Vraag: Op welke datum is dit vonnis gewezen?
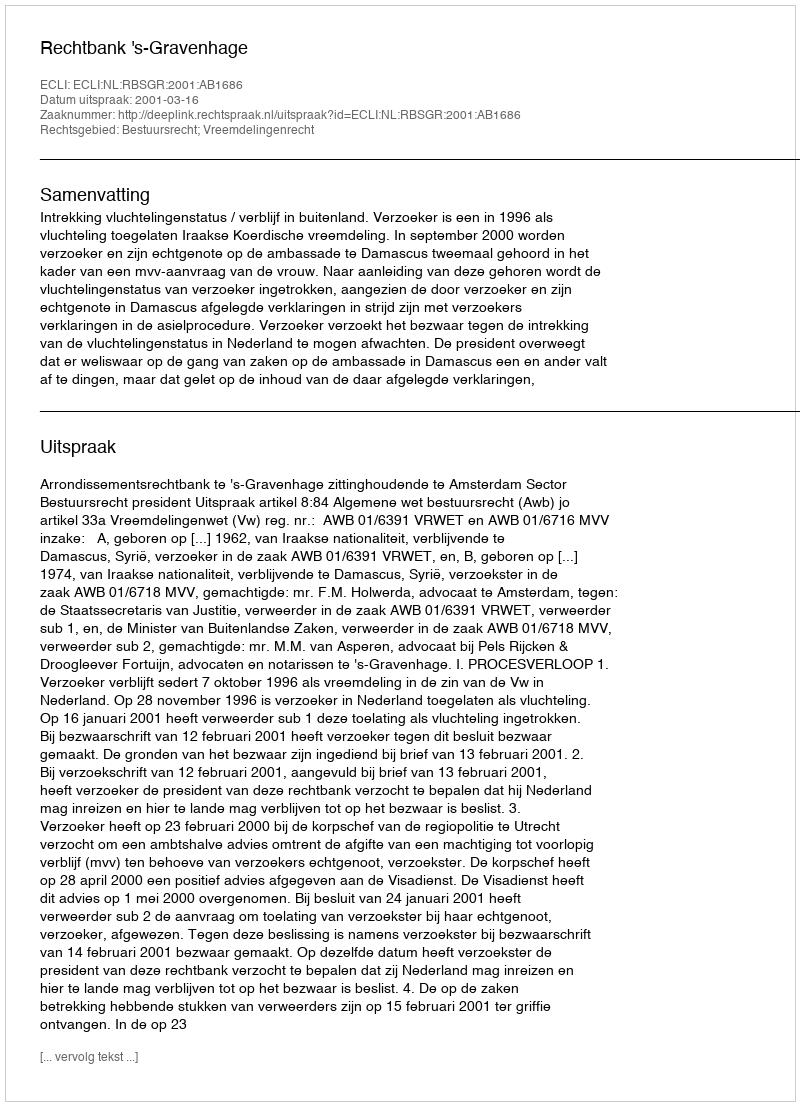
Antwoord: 2001-03-16